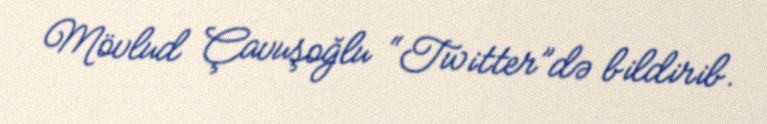
Mövlud Çavuşoğlu “Twitter”də bildirib.